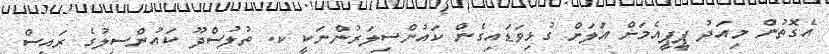
އެގޮތުން މިއަދު ޕީޕީއެމަށް އަލަށް ގުޅިވަޑައިގެން ކައުންސިލަރުންނަކީ ކ. ތުލުސްދޫ ކައުންސިލުގެ ރައީސް